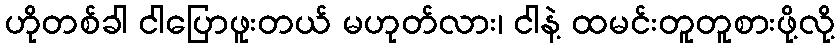
ဟိုတစ်ခါ ငါပြောဖူးတယ် မဟုတ်လား၊ ငါနဲ့ ထမင်းတူတူစားဖို့လို့